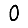
Digit: 0